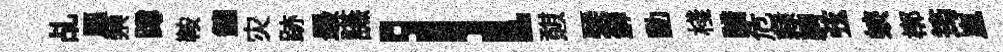
乩驅禜蹲鞍鑣灾跡最讌l憇琹蘚動棧諳危隷騁弦蛺槨筠嵐